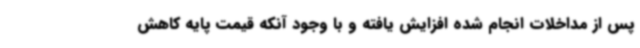
پس از مداخلات انجام شده افزایش یافته و با وجود آنکه قیمت پایه کاهش